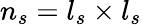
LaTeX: n_{s}=l_{s}\times l_{s}